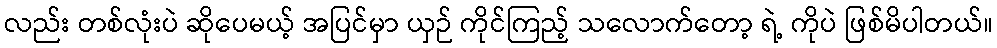
လည်း တစ်လုံးပဲ ဆိုပေမယ့် အပြင်မှာ ယှဉ် ကိုင်ကြည့် သလောက်တော့ ရဲ့ ကိုပဲ ဖြစ်မိပါတယ်။